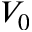
V _ { 0 }